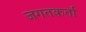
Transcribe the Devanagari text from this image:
जगतकर्ता